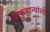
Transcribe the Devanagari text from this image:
लोकमान्यांशी